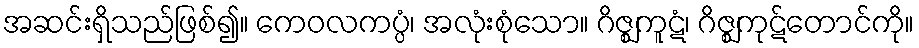
အဆင်းရှိသည်ဖြစ်၍။ ကေဝလကပ္ပံ၊ အလုံးစုံသော။ ဂိဇ္ဈကူဋံ၊ ဂိဇ္ဈကုဋ်တောင်ကို။